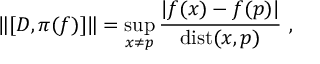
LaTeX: \| [ D , \pi ( f ) ] \| = \operatorname * { s u p } _ { x \neq p } \frac { | f ( x ) - f ( p ) | } { \mathrm { d i s t } ( x , p ) } ~ ,